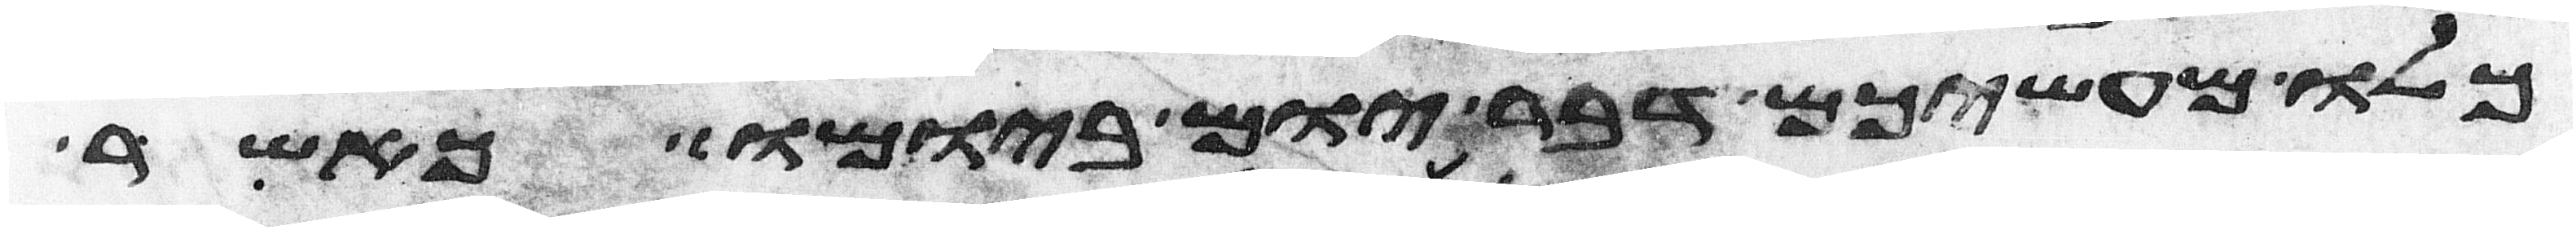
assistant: כלו מעשיכם דבר יום ביומו כאשר